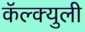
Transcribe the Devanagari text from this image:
कॅल्क्युली